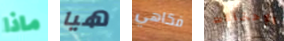
ماذا هيا فكاهي الإحتمالات